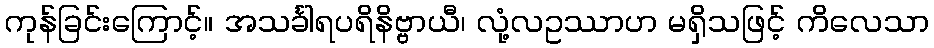
ကုန်ခြင်းကြောင့်။ အသင်္ခါရပရိနိဗ္ဗာယီ၊ လုံ့လဥဿာဟ မရှိသဖြင့် ကိလေသာ